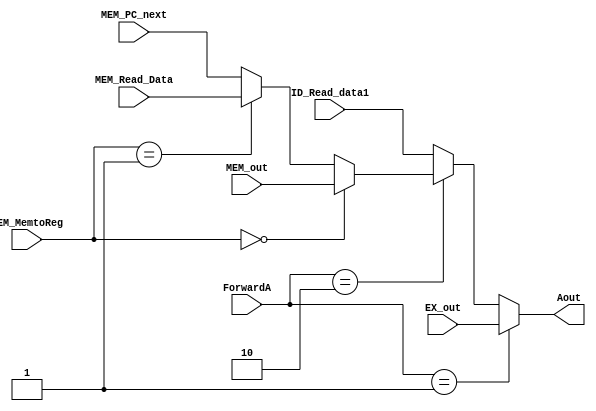
`timescale 1ns / 1ps
module Forward_A(ForwardA, MEM_MemtoReg, Aout, EX_out, MEM_out, MEM_Read_Data, MEM_PC_next, ID_Read_data1);
//input siganls
input wire [1:0] ForwardA;
input wire [1:0] MEM_MemtoReg;
input wire [31:0] EX_out;
input wire [31:0] MEM_out;
input wire [31:0] MEM_Read_Data;
input wire [31:0] MEM_PC_next;
input wire [31:0] ID_Read_data1;

//output signals
output wire [31:0] Aout;

assign Aout = (ForwardA == 2'b01) ? EX_out : (ForwardA == 2'b10) ? ( (MEM_MemtoReg == 2'b00) ? MEM_out : (MEM_MemtoReg == 2'b01) ? MEM_Read_Data : MEM_PC_next) : ID_Read_data1; 

endmodule